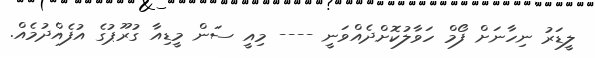
ލީޑަރު ނިހާނަށް ފޯމް ހަވާލުކޮށްދެއްވަނީ ---- މިއީ ސަން މީޑިއާ ގުރޫޕުގެ އުފެއްދުމެއް.